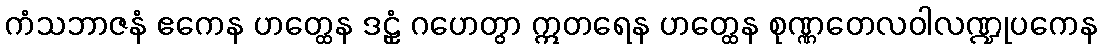
ကံသဘာဇနံ ဧကေန ဟတ္ထေန ဒဠှံ ဂဟေတွာ ဣတရေန ဟတ္ထေန စုဏ္ဏတေလဝါလဏ္ဍုပကေန